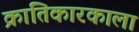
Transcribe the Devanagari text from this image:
क्रांतिकारकाला